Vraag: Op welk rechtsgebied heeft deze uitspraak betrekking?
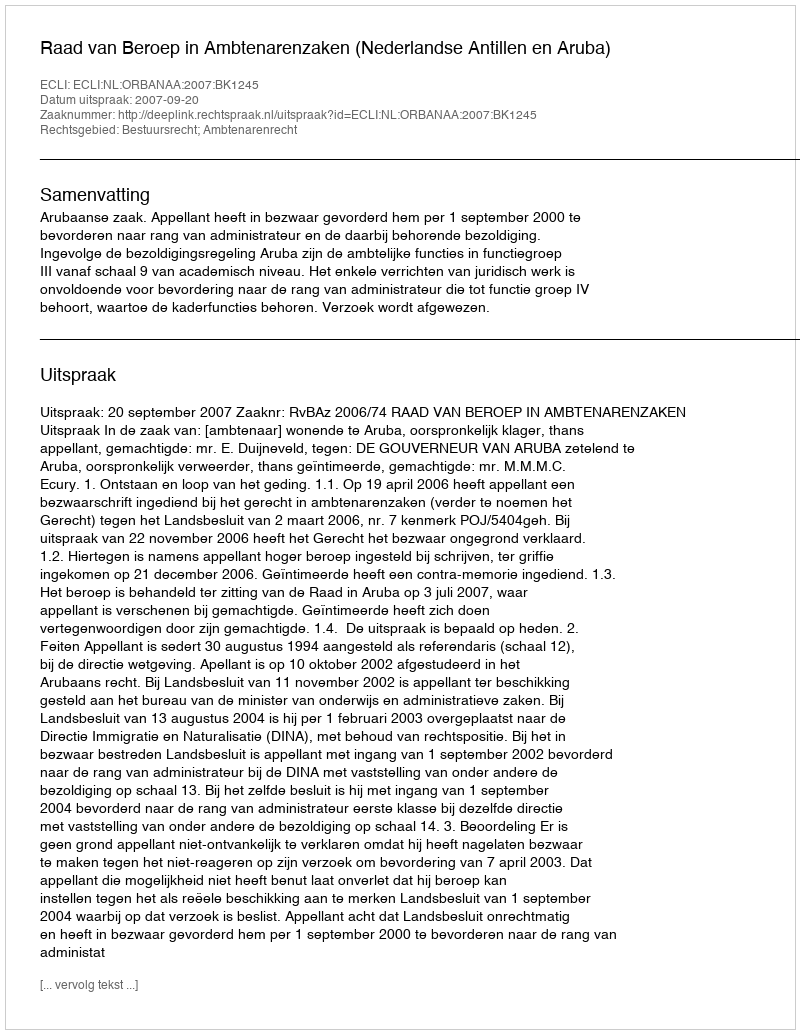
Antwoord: Bestuursrecht; Ambtenarenrecht